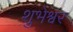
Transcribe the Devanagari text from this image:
शुभेश्वर